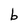
Character: b